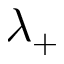
\lambda _ { + }